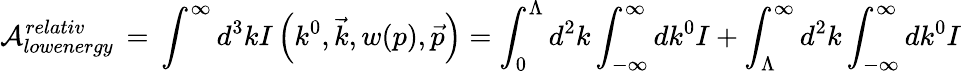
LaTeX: {\cal{A}}_{lowenergy}^{relativ}\, =\, \int^{\infty}d^{3}kI\left(k^{0},\vec{k},w(p),\vec{p}\right)=\int_{0}^{\Lambda}d^{2}k\int_{-\infty}^{\infty}dk^{0}I+\int_{\Lambda}^{\infty}d^{2}k\int_{-\infty}^{\infty}dk^{0}I